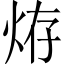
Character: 𤈊